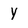
Character: Y